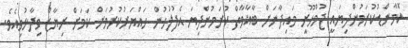
ކޮމާންޑުކުރަމުންދިޔައީ ޖުމްހޫރީ މައިދާނަށް ބާޣާވާތް ކުރަމުންދިޔަ އެފުލުހުން ހައްޔަރުކުރުމަށް ކަމަށް ރިޔާޒް ވިދާޅުވިއެވެ.